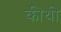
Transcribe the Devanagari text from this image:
कीथी